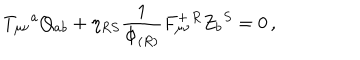
T _ { \mu \nu } { } ^ { a } Q _ { a b } + \eta _ { R S } { \frac { 1 } { \Phi _ { ( R ) } } } F _ { \mu \nu } ^ { + \, R } Z _ { b } { } ^ { S } = 0 \, ,